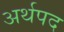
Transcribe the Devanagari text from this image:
अर्थपद